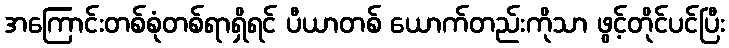
အကြောင်းတစ်စုံတစ်ရာရှိရင် ပီယာတစ် ယောက်တည်းကိုသာ ဖွင့်တိုင်ပင်ပြီး